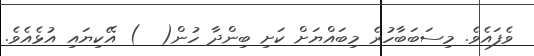
ވެފައެވެ. މިސަބަބާހުރެ މިބައްޔަށް ކަށި ބިންދާ ހުން(  ) އޭކިޔައި އުޅެއެވެ.